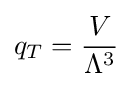
q_{T}={\frac {V}{\Lambda ^{3}}}